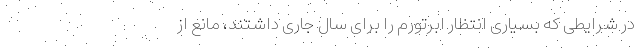
در شرایطی که بسیاری انتظار ابرتورم را برای سال جاری داشتند، مانع از